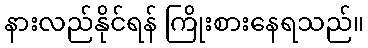
နားလည်နိုင်ရန် ကြိုးစားနေရသည်။